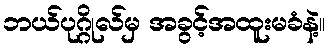
ဘယ်ပုဂ္ဂိုလ်မှ အခွင့်အထူးမခံနဲ့။